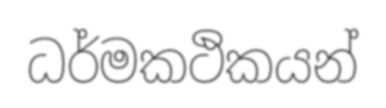
ධර්මකථිකයන්